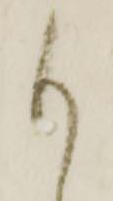
も